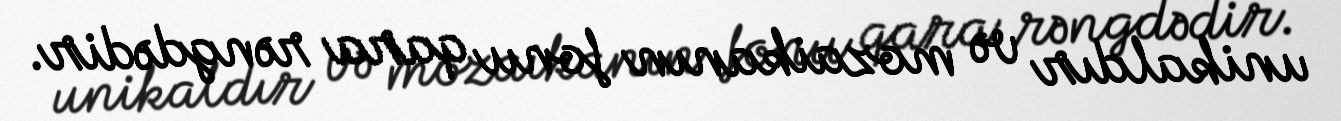
unikaldır və mozaikanın fonu qara rəngdədir.